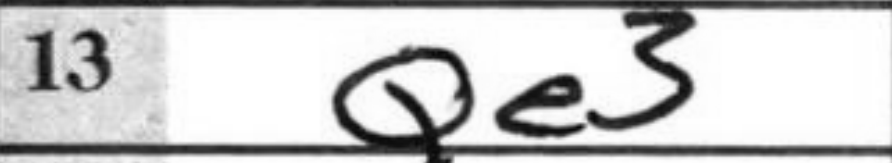
Transcription: Qe3